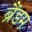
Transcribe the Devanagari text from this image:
ब्रैंडम